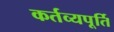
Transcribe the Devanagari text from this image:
कर्तव्यपूर्ति